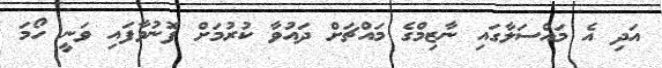
އަދި އެ މައްސަލާގައި ނާޒިމްގެ މައްޗަށް ދައުވާ ކުރުމަށް ފޮނުވާފައި ވަނީ ހޯމަ